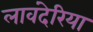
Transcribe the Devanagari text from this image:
लावंदेरिया